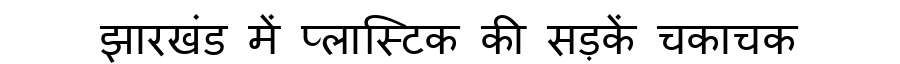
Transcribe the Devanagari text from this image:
झारखंड में प्लास्टिक की सड़कें चकाचक